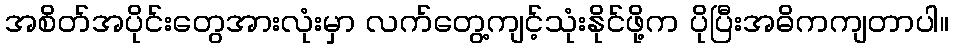
အစိတ်အပိုင်းတွေအားလုံးမှာ လက်တွေ့ကျင့်သုံးနိုင်ဖို့က ပိုပြီးအဓိကကျတာပါ။